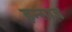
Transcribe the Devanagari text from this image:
इन्साज